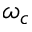
\omega _ { c }